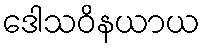
ဒေါသဝိနယာယ